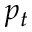
p _ { t }